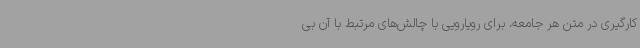
کارگیری در متن هر جامعه، برای رویارویی با چالش‌های مرتبط با آن بی